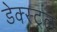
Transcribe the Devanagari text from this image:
डेक्स्ट्रल